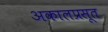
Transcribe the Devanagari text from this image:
अकालप्रसूत